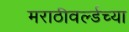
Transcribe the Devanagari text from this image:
मराठीवर्ल्डच्या